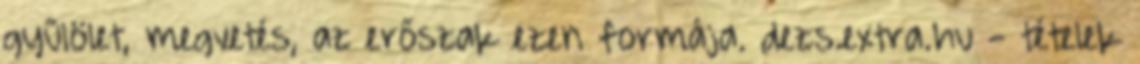
gyűlölet, megvetés, az erőszak ezen formája. dezs.extra.hu - tételek